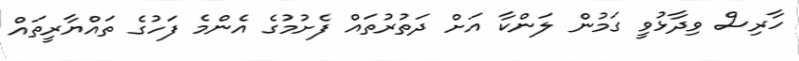
ހާރިސް ވިދާޅުވީ ގަމުން ލަންކާ އަށް ދަތުރުތައް ފެށުމުގެ އެންމެ ފަހުގެ ތައްޔާރީތައް